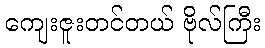
ကျေးဇူးတင်တယ် ဗိုလ်ကြီး